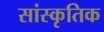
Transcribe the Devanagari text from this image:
सांस्‍कृतिक